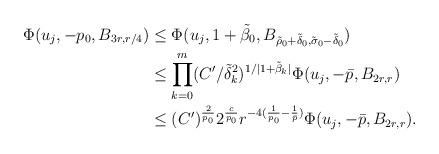
LaTeX: \begin{align*}\aligned\Phi(u_j,-p_0,B_{3r, {r}/{4}}) &\le \Phi(u_j,1+\tilde \beta_0,B_{\tilde \rho_0+\tilde \delta_0, \tilde \sigma_0-\tilde \delta_0}) \\&\leq\prod_{k=0}^m (C'/\tilde \delta_k^2)^{1/|1+\tilde \beta_k|} \Phi(u_j,-\bar p,B_{2r, r}) \\& \le (C')^{\frac 2{p_0}}2^{\frac c{p_0}}r^{-4(\frac{1}{p_0}-\frac{1}{\bar p})} \Phi(u_j,-\bar p,B_{2r, r}).\endaligned\end{align*}